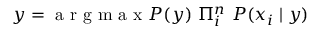
y = \mathrm { ~ a ~ r ~ g ~ m ~ a ~ x ~ } P ( y ) ~ \Pi _ { i } ^ { n } ~ P ( x _ { i } \mid y )